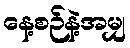
နေ့စဉ်နဲ့အမျှ